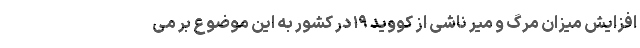
افزایش میزان مرگ و میر ناشی از کووید ۱۹ در کشور به این موضوع بر می